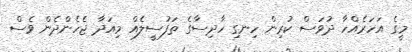
މީގެ އަހަރެއްހާ ދުވަސް ކުރިން ހިނގި ހާދިސާގެ ތަފުސީލެއް މިއަދާ ޖެހެންދެން ވެސް